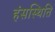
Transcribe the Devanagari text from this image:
हंसस्थिति